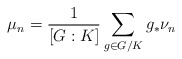
\begin{align*} \mu_n = \frac{1}{\left[G:K\right]} \sum_{g\in G/K} g_* \nu_n\end{align*}